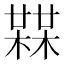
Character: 𣚨